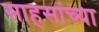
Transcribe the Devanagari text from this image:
साहसांच्या